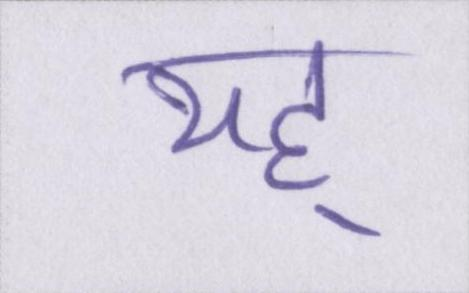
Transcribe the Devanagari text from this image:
यह्